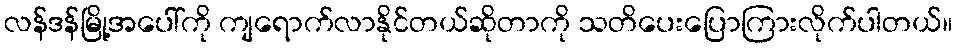
လန်ဒန်မြို့အပေါ်ကို ကျရောက်လာနိုင်တယ်ဆိုတာကို သတိပေးပြောကြားလိုက်ပါတယ်။